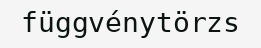
függvénytörzs